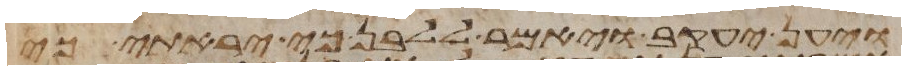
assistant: ויען יעקב ויאמר ללבן כי יראתי כי